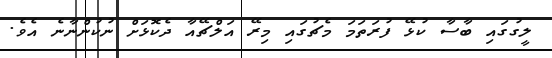
ލީގުގައި ބާސާ ކުޅޭ ފުރަތަމަ މެޗުގައި މިރޭ އަލްޗޭއާ ދެކޮޅަށް ނުކުންނާނެ އެވެ.